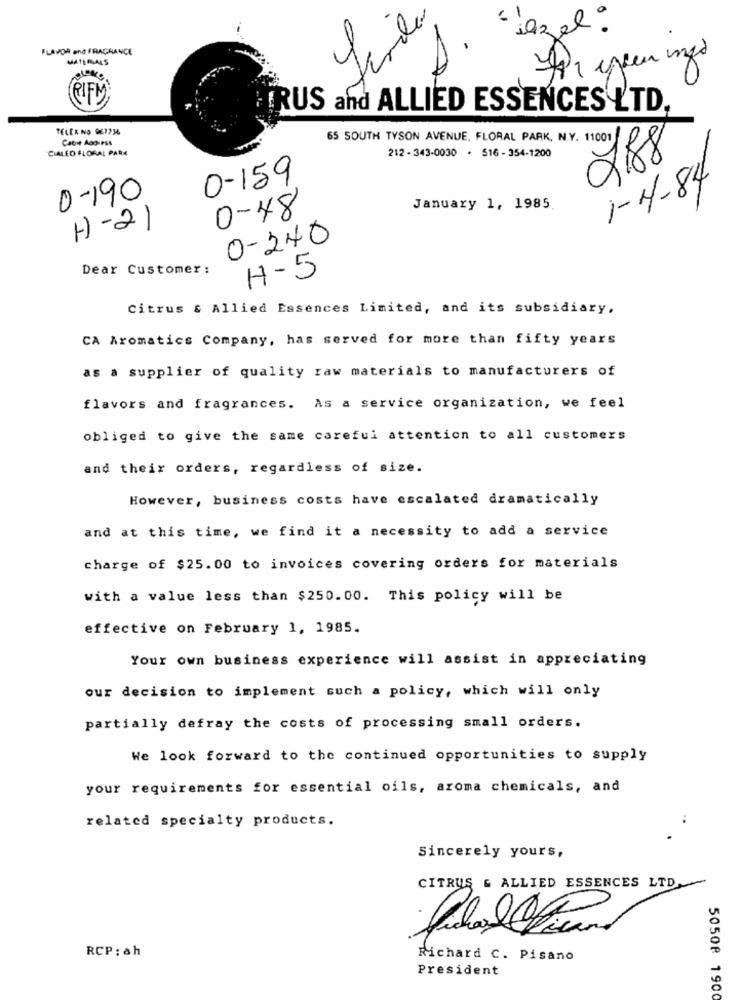
" lazel:
FLAVOR and FRAGRANCE
MATERIALS
RIFM
RUS and ALLIED ESSENCES LTD.
TELER NO 967216
Cabe Ado Pss
65 SOUTH TYSON AVENUE, FLORAL PARK, N.Y. 11001
CIALED FLORAL PARK
212 - 343-0030 . 516 - 354-1200
2,88
0-159
1-4-84
0-190
0-48
January 1, 1985
H-21
0-240
Dear Customer:
H- 5
Citrus & Allied Essences Limited, and its subsidiary.
CA Aromatics Company, has served for more than fifty years
as a supplier of quality raw materials to manufacturers of
flavors and fragrances. As a service organization, we feel
obliged to give the same careful attention to all customers
and their orders, regardless of size.
However, business costs have escalated dramatically
and at this time, we find it a necessity to add a service
charge of $25.00 to invoices covering orders for materials
with a value less than $250.00. This policy will be
effective on February 1, 1985.
Your own business experience will assist in appreciating
our decision to implement such a policy, which will only
partially defray the costs of processing small orders.
We look forward to the continued opportunities to supply
your requirements for essential oils, aroma chemicals, and
related specialty products.
..
Sincerely yours,
CITRUS & ALLIED ESSENCES LTD.
RCP : ah
Richard C. Pisano
President
50508 1900